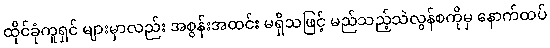
ထိုင်ခုံကူရှင် များမှာလည်း အစွန်းအထင်း မရှိသဖြင့် မည်သည့်သဲလွန်စကိုမှ နောက်ထပ်